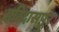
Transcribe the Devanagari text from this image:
हरिदासपूर